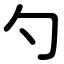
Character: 勺